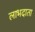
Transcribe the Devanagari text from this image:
लाभदाता